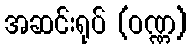
အဆင်းရုပ် (ဝဏ္ဏ)